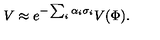
V \approx e ^ { - \sum _ { i } \alpha _ { i } \sigma _ { i } } V ( \Phi ) .